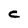
Character: c